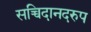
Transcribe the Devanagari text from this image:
सच्चिदानदरुप